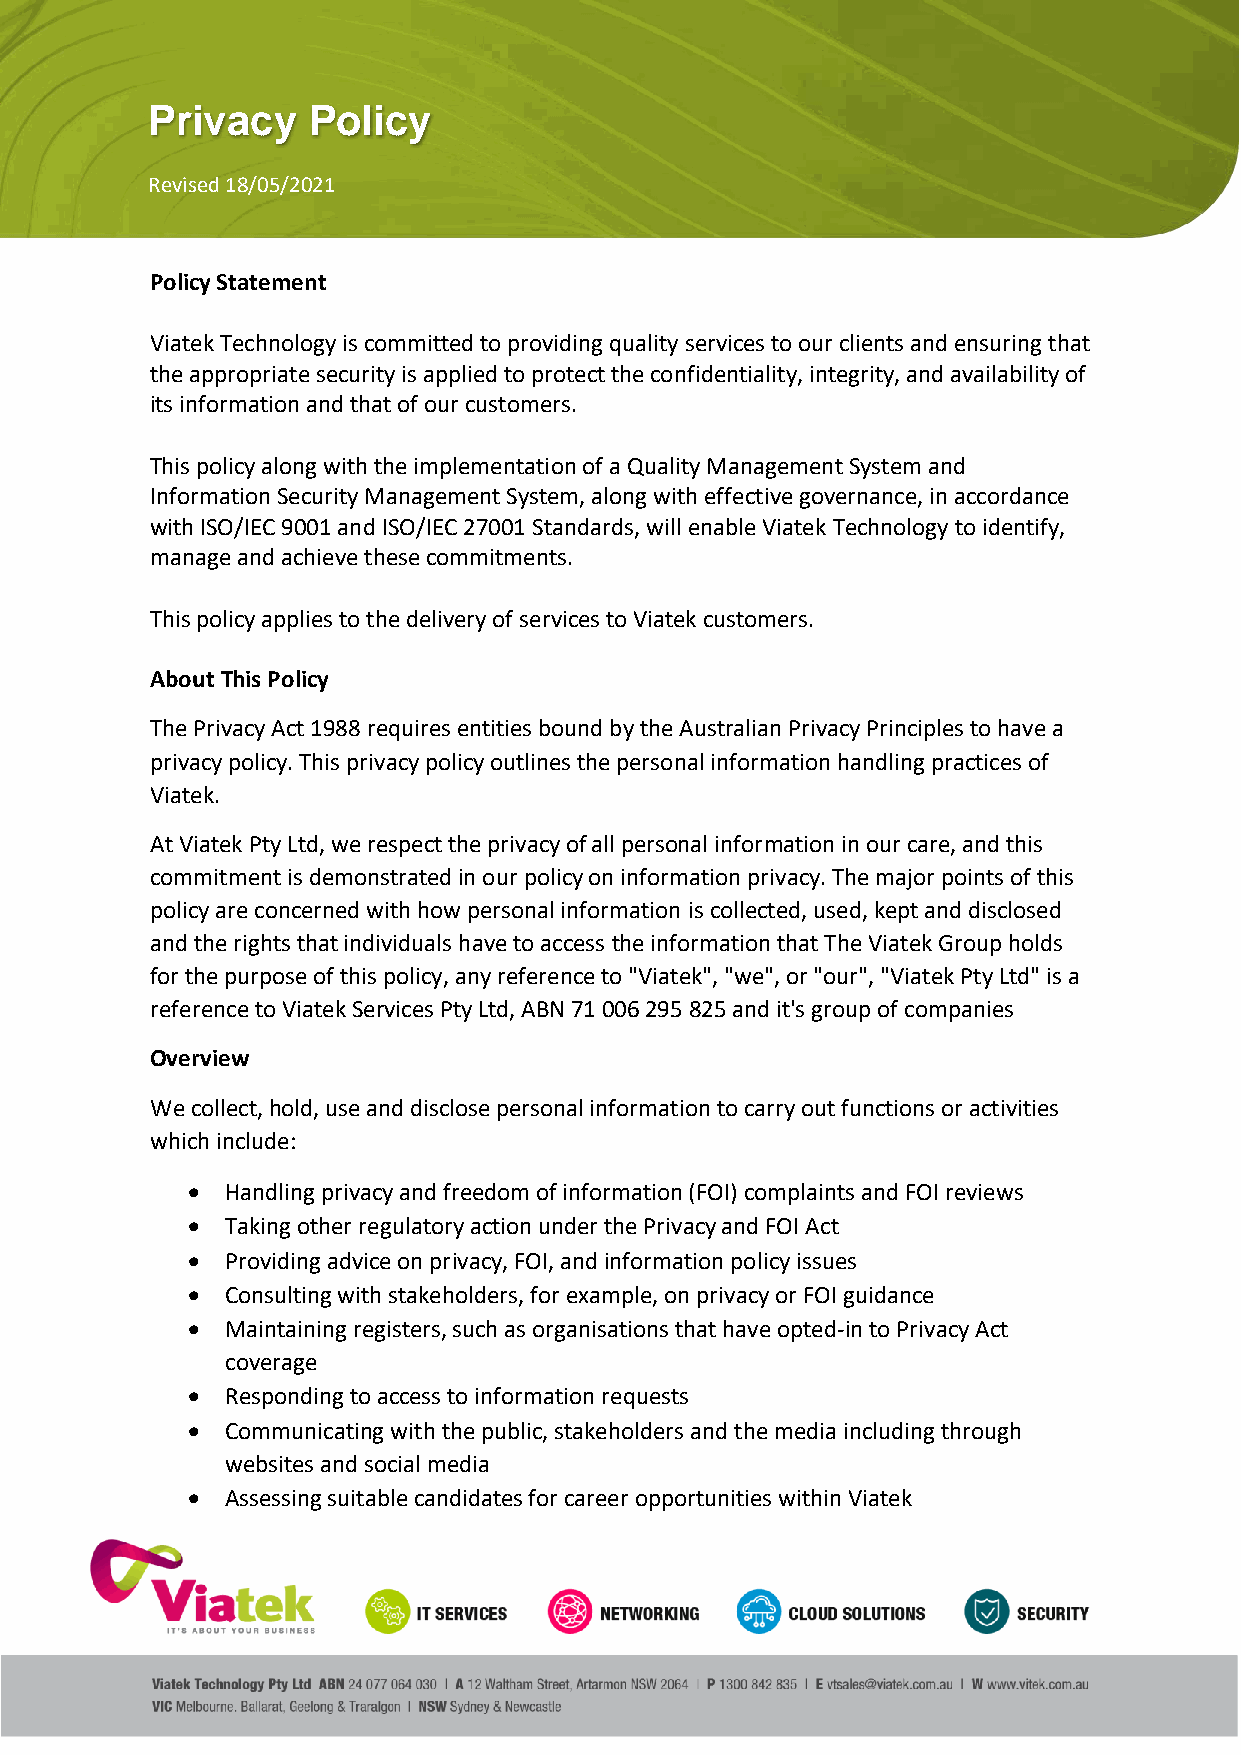
Privacy   Policy
 Revised 18/05/2021
 Policy Statement
 Viatek Technology is committed to providing quality services to our clients and ensuring that
 the appropriate security is applied to protect the confidentiality, integrity, and availability of
 its information and that of our customers.
 This policy along with the implementation of a Quality Management System and
 Information Security Management System, along with effective governance, in accordance
 with ISO/IEC 9001 and ISO/IEC 27001 Standards, will enable Viatek Technology to identify,
 manage and achieve these commitments.
 This policy applies to the delivery of services to Viatek customers.
 About This Policy
 The Privacy Act 1988 requires entities bound by the Australian Privacy Principles to have a
 privacy policy. This privacy policy outlines the personal information handling practices of
 Viatek.
 At Viatek Pty Ltd, we respect the privacy of all personal information in our care, and this
 commitment is demonstrated in our policy on information privacy. The major points of this
 policy are concerned with how personal information is collected, used, kept and disclosed
 and the rights that individuals have to access the information that The Viatek Group holds
 for the purpose of this policy, any reference to "Viatek", "we", or "our", "Viatek Pty Ltd" is a
 reference to Viatek Services Pty Ltd, ABN 71 006 295 825 and it's group of companies
 Overview
 We collect, hold, use and disclose personal information to carry out functions or activities
 which include:
 •  Handling privacy and freedom of information (FOI) complaints and FOI reviews
 •  Taking other regulatory action under the Privacy and FOI Act
 •  Providing advice on privacy, FOI, and information policy issues
 •  Consulting with stakeholders, for example, on privacy or FOI guidance
 •  Maintaining registers, such as organisations that have opted-in to Privacy Act
 coverage
 •  Responding to access to information requests
 •  Communicating with the public, stakeholders and the media including through
 websites and social media
 •  Assessing suitable candidates for career opportunities within Viatek